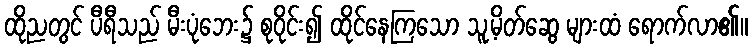
ထိုညတွင် ပီရီသည် မီးပုံဘေး၌ စုဝိုင်း၍ ထိုင်နေကြသော သူ့မိတ်ဆွေ များထံ ရောက်လာ၏။